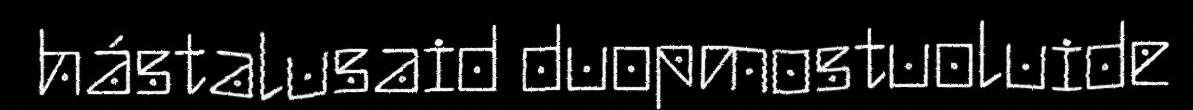
hástalusaid duopmostuoluide